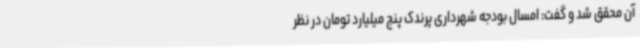
آن محقق شد و گفت: امسال بودجه شهرداری پرندک پنج میلیارد تومان در نظر